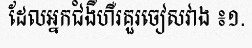
ដែលអ្នកជំងឺហឺរគួរចៀសវាង ៖១.